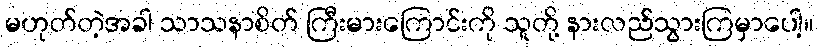
မဟုတ်တဲ့အခါ သာသနာစိတ် ကြီးမားကြောင်းကို သူတို့ နားလည်သွားကြမှာပေါ့။